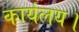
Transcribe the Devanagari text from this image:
कार्यलय।